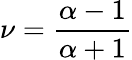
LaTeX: \nu=\frac{\alpha-1}{\alpha+1}